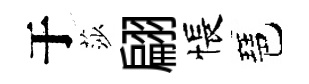
于莎翩悵琶